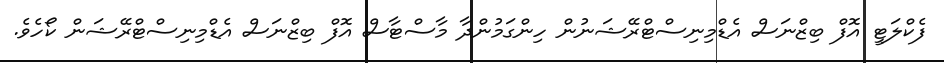
ފެކްލަޓީ އޮފް ބިޒްނަސް އެޑްމިނިސްޓްރޭޝަނުން ހިންގަމުންދާ މާސްޓާސް އޮފް ބިޒްނަސް އެޑްމިނިސްޓްރޭޝަން ކޯހެވެ.